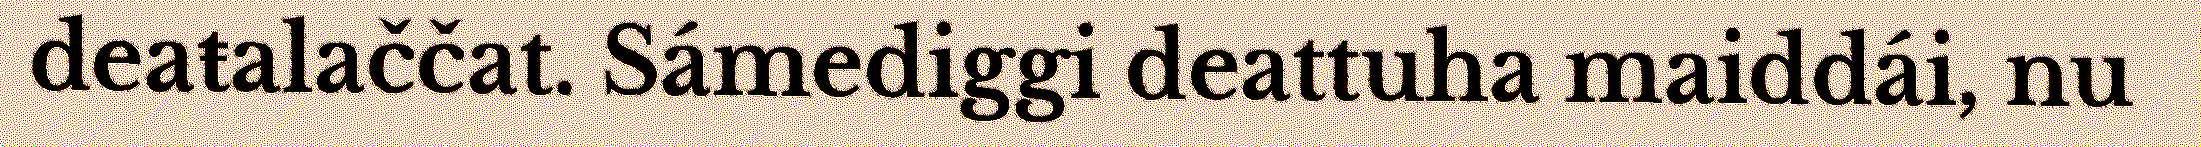
deaŧalaččat. Sámediggi deattuha maiddái, nu